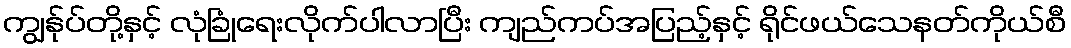
ကျွန်ုပ်တို့နှင့် လုံခြုံရေးလိုက်ပါလာပြီး ကျည်ကပ်အပြည့်နှင့် ရိုင်ဖယ်သေနတ်ကိုယ်စီ